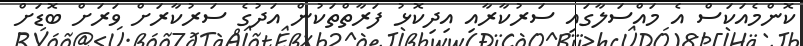
ކޮންމެއަކަސް އެ މައްސަލާގައި ސަރުކާރާއި އިދިކޮޅު ފަރާތްތަކުން އަދުގެ ސަރުކާރަށް ވަރަށް ބޮޑަށް